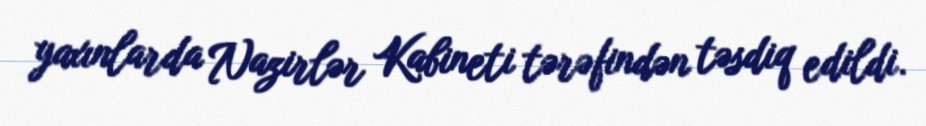
yaxınlarda Nazirlər Kabineti tərəfindən təsdiq edildi.